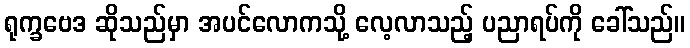
ရုက္ခဗေဒ ဆိုသည်မှာ အပင်လောကသို့ လေ့လာသည့် ပညာရပ်ကို ခေါ်သည်။